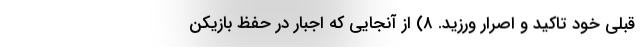
قبلی خود تاکید و اصرار ورزید. ۸) از آنجایی که اجبار در حفظ بازیکن